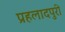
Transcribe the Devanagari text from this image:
प्रहलादपुरी